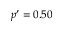
p ^ { \prime } = 0 . 5 0